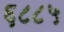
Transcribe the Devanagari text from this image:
६८८५